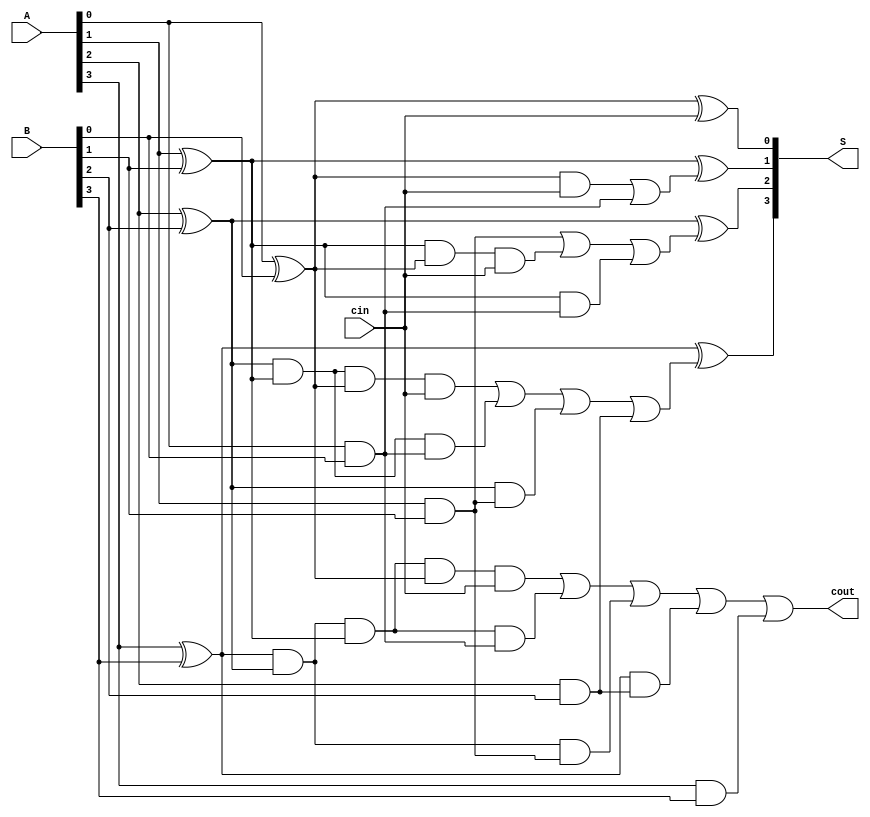
module cla (

//Definition of the Power Pins

`ifdef USE_POWER_PINS
	inout vccd1, //User area 1 1.8V Supply
	inout vssd1, //User area 1 digital ground
`endif

//Input Pins

input [3:0] A,
input [3:0] B, 
input cin,

//Output Pins

output [3:0] S,
output cout,
);

//Wire Declaration

wire [3:0] p,g;
wire c1, c2, c3; 
wire [9:0]t ;

//Instantiation of the Carry Propagator

genvar i ; 
 generate 
 for (i=0 ; i<4 ; i=i+1)
	begin : carry_propagator  
		xor cp (p[i], A[i], B[i]) ;
	end 
endgenerate

//Instantiation of the Carry Generator

genvar j ;
 generate 
 for (j=0 ; j<4 ; j=j+1)
	begin : carry_generator  
		and cg (g[j], A[j], B[j]) ;
	end 
endgenerate

//Logical derivation of C1

and a1 (t[0], p[0],cin) ; 
or  o1 (c1, t[0], g[0]) ; 

//Logical derivation of C2

and a2 (t[1], p[1], p[0], cin) ;
and a3 (t[2], p[1], g[0]);
or  o2 (c2, g[1], t[1], t[2]);

//Logical derivation of C3

and a4 (t[3], p[2], p[1], p[0], cin) ;
and a5 (t[4], p[2], p[1], g[0]); 
and a6 (t[5], p[2], g[1]); 
or  o3 (c3, t[3], t[4], t[5], g[2]) ;

//Logical derivation of Cout
 
and a7 (t[6], p[3], p[2], p[1], p[0], cin) ;
and a8 (t[7], p[3], p[2], p[1], g[0]); 
and a9 (t[8], p[3], p[2], g[1]);
and a10 (t[9], p[3], g[2]); 
or  o4 (cout, t[6], t[7], t[8], t[9], g[3]) ;
		
//Logical derivation of the Sums

xor x1(S[0], p[0], cin) ;
xor x2(S[1], p[1], c1) ;
xor x3(S[2], p[2], c2) ;
xor x4(S[3], p[3], c3) ;
		
endmodule